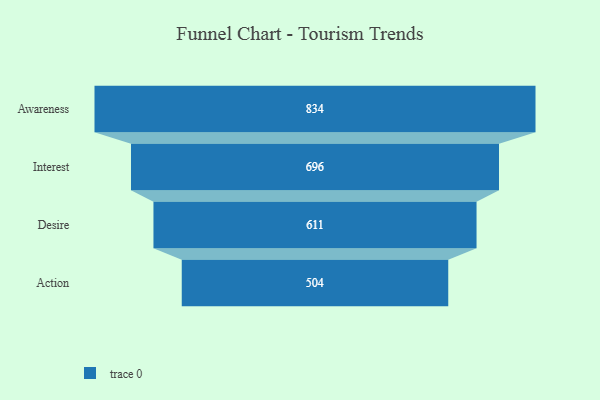
{"axis": {"x": "Stage", "y": "Value"}, "legend": [""], "data": [{"x": "Awareness", "y": 834.0, "type": ""}, {"x": "Interest", "y": 696.0, "type": ""}, {"x": "Desire", "y": 611.0, "type": ""}, {"x": "Action", "y": 504.0, "type": ""}]}